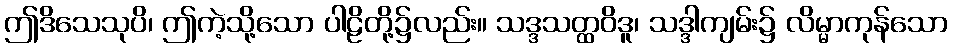
ဤဒိသေသုပိ၊ ဤကဲ့သို့သော ပါဠိတို့၌လည်း။ သဒ္ဒသတ္ထဝိဒူ၊ သဒ္ဒါကျမ်း၌ လိမ္မာကုန်သော